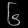
Digit: ၆